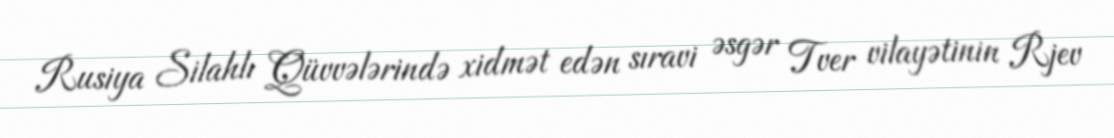
Rusiya Silahlı Qüvvələrində xidmət edən sıravi əsgər Tver vilayətinin Rjev